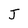
Character: J